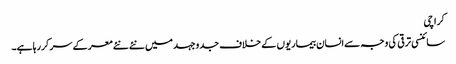
کراچی
سائنسی ترقی کی وجہ سےانسان بیماریوں کے خلاف جدوجہد میں نئے نئے معرکے سر کررہا ہے۔